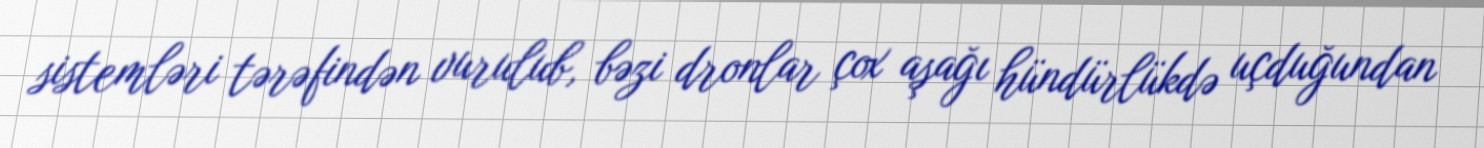
sistemləri tərəfindən vurulub, bəzi dronlar çox aşağı hündürlükdə uçduğundan